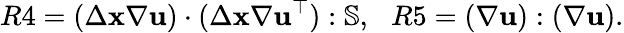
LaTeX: R4=(\Delta\mathbf{x}\nabla\mathbf{u})\cdot(\Delta\mathbf{x}\nabla\mathbf{u}^{\top}):\mathbb{{S}},\, ~~R5=(\nabla\mathbf{u}):(\nabla\mathbf{u}).